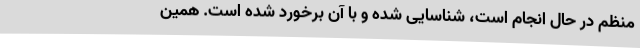
منظم در حال انجام است، شناسایی شده و با آن‌ برخورد شده است. همین